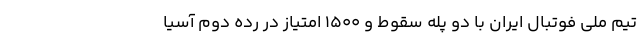
تیم ملی فوتبال ایران با دو پله سقوط و ۱۵۰۰ امتیاز در رده دوم آسیا